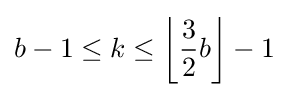
b-1\leq k\leq \left\lfloor {\frac {3}{2}}b\right\rfloor -1